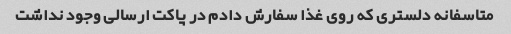
متاسفانه دلستری که روی غذا سفارش دادم در پاکت ارسالی وجود نداشت